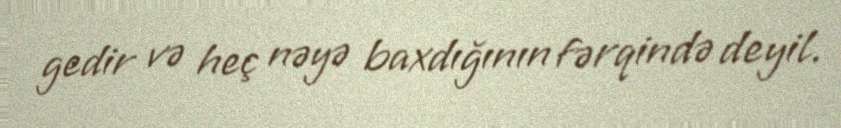
gedir və heç nəyə baxdığının fərqində deyil.